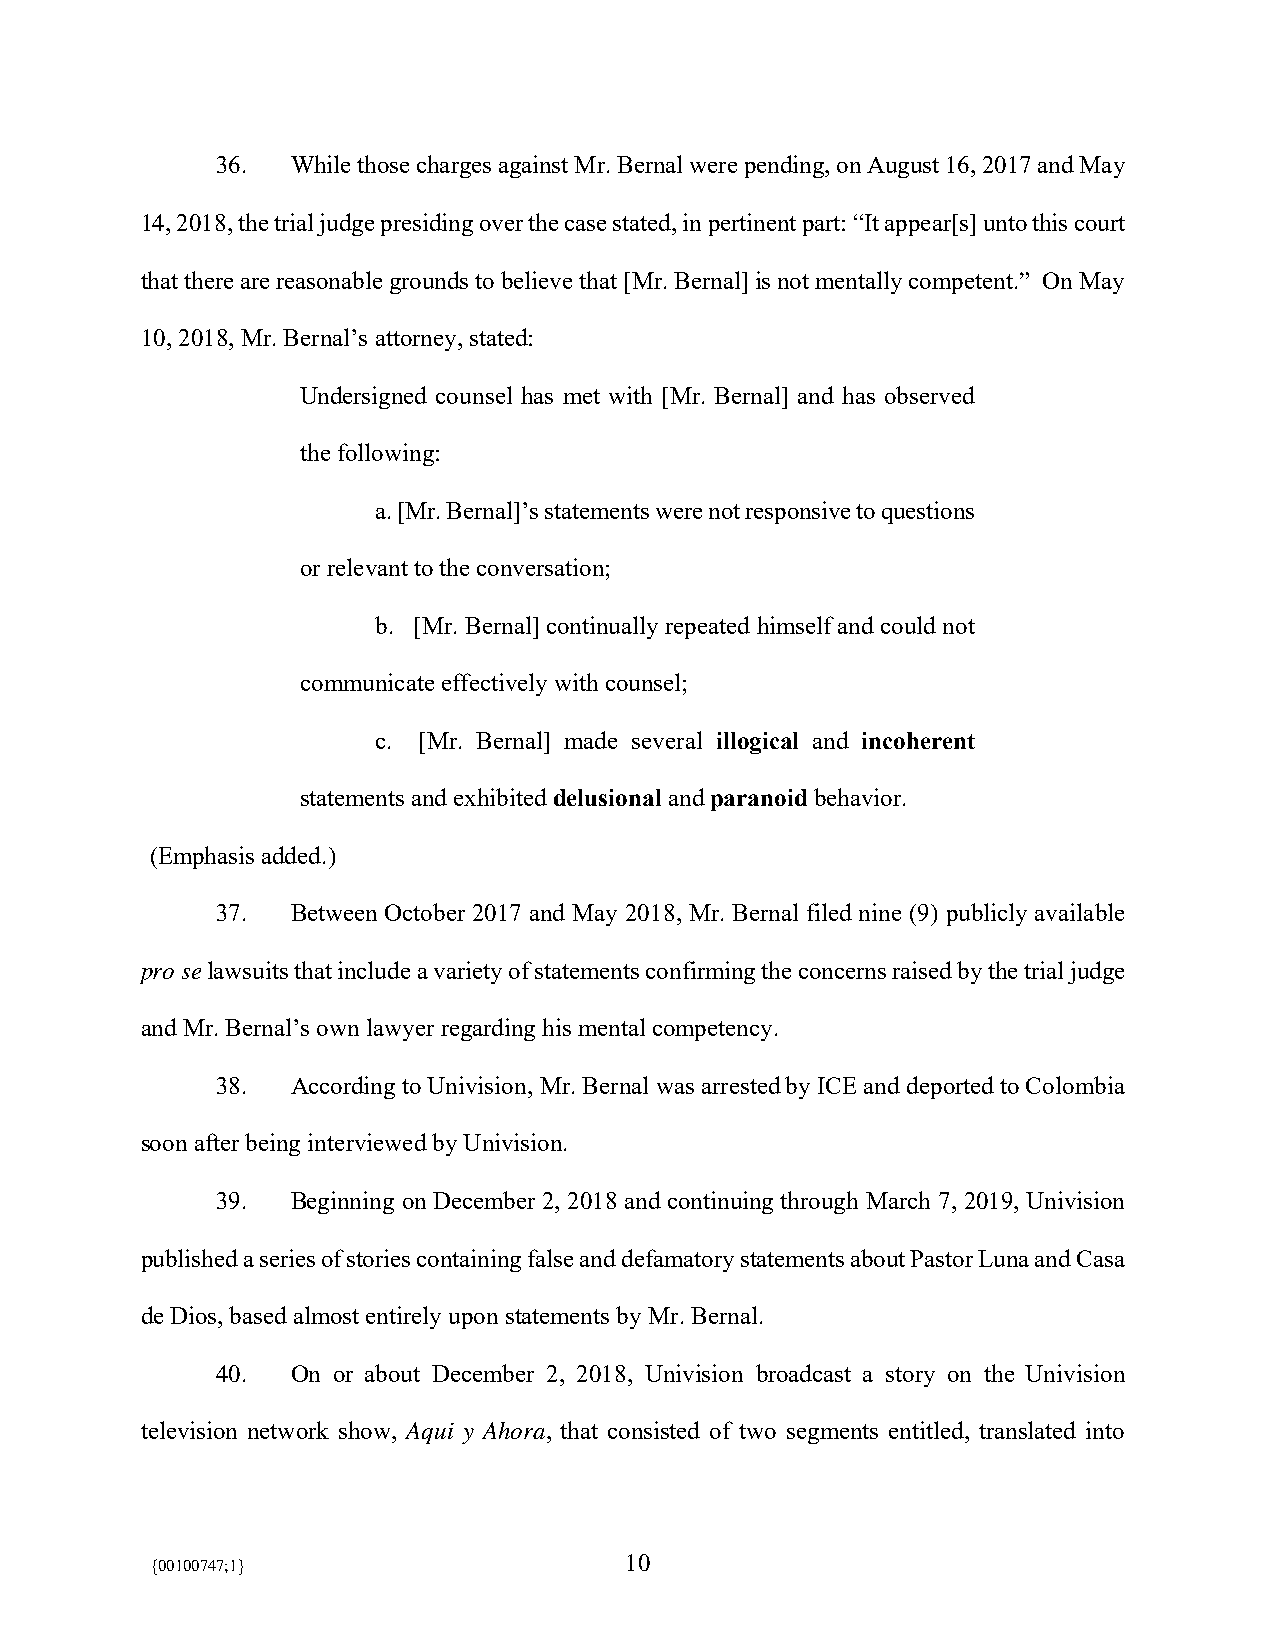
36.  While those charges against Mr. Bernal were pending, on August 16, 2017 and May
 14, 2018, the trial judge presiding over the case stated, in pertinent part: “It appear[s] unto this court
 that there are reasonable grounds to believe that [Mr. Bernal] is not mentally competent.” On May
 10, 2018, Mr. Bernal’s attorney, stated:
 Undersigned counsel has met with [Mr. Bernal] and has observed
 the following:
 a. [Mr. Bernal]’s statements were not responsive to questions
 or relevant to the conversation;
 b. [Mr. Bernal] continually repeated himself and could not
 communicate effectively with counsel;
 c. [Mr. Bernal] made several illogical and incoherent
 statements and exhibited delusional and paranoid behavior.
 (Emphasis added.)
 37.  Between October 2017 and May 2018, Mr. Bernal filed nine (9) publicly available
 pro se lawsuits that include a variety of statements confirming the concerns raised by the trial judge
 and Mr. Bernal’s own lawyer regarding his mental competency.
 38.  According to Univision, Mr. Bernal was arrested by ICE and deported to Colombia
 soon after being interviewed by Univision.
 39.  Beginning on December 2, 2018 and continuing through March 7, 2019, Univision
 published a series of stories containing false and defamatory statements about Pastor Luna and Casa
 de Dios, based almost entirely upon statements by Mr. Bernal.
 40.  On or about December 2, 2018, Univision broadcast a story on the Univision
 television network show, Aqui y Ahora, that consisted of two segments entitled, translated into
 10
 {00100747;1}